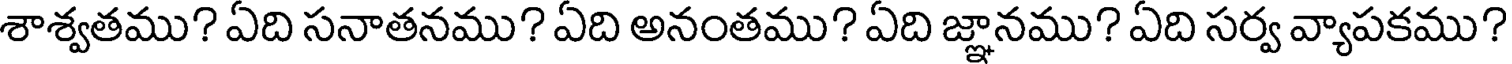
శాశ్వతము? ఏది సనాతనము? ఏది అనంతము? ఏది జ్ఞానము? ఏది సర్వ వ్యాపకము?